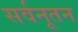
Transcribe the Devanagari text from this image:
सर्वनूतन